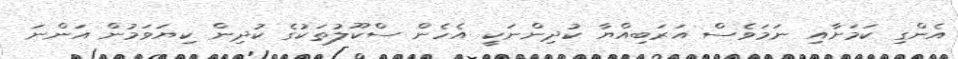
އެންގި ކަމަށާއި ނަމަވެސް އަރަބިއްޔާ ކުދިންނަކީ އެހެން ސްކޫލުތަކުގެ ކުދިން ކިޔަވަމުން އަންނަ